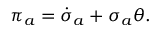
\pi _ { a } = \dot { \sigma } _ { a } + \sigma _ { a } \theta .